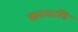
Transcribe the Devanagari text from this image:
कामादि